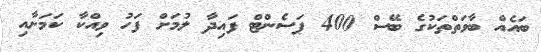
ބައެއް ބާވަތްތަކުގެ ބޭސް 400 ޕަސެންޓް ފައިދާ ލުމަށް ފަހު ވިއްކާ ކަމަށާއި